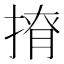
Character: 𢰒